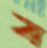
ব